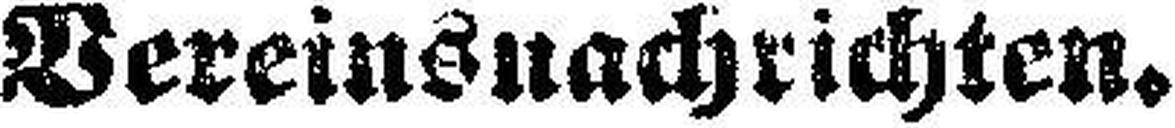
Vereinsnachrichten.